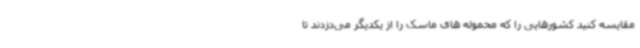
مقایسه کنید کشورهایی را که محموله های ماسک را از یکدیگر می‌دزدند تا